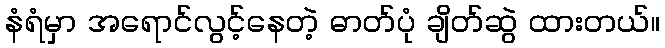
နံရံမှာ အရောင်လွင့်နေတဲ့ ဓာတ်ပုံ ချိတ်ဆွဲ ထားတယ်။